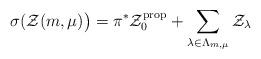
LaTeX: \begin{align*}\sigma(\mathcal{Z}(m,\mu) \big)= \pi^* \mathcal{Z}_0^\mathrm{prop} + \sum_{\lambda\in \Lambda_{m,\mu}} \mathcal{Z}_\lambda\end{align*}